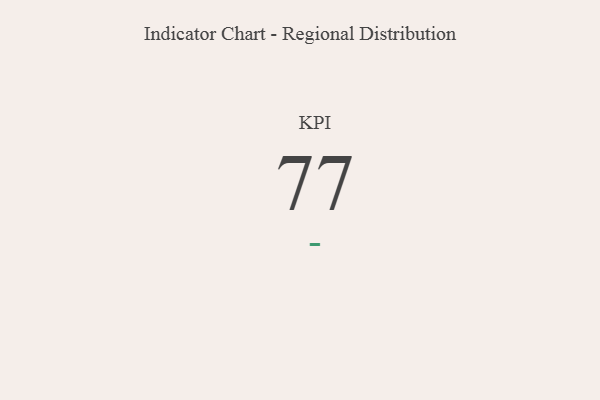
{"axis": {"x": "KPI", "y": "Value"}, "legend": [""], "data": [{"x": "KPI", "y": 77, "type": ""}]}